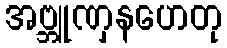
အဗ္ဘူဏှနဟေတု